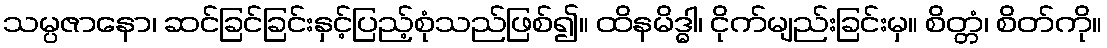
သမ္ပဇာနော၊ ဆင်ခြင်ခြင်းနှင့်ပြည့်စုံသည်ဖြစ်၍။ ထိနမိဒ္ဓါ၊ ငိုက်မျည်းခြင်းမှ။ စိတ္တံ၊ စိတ်ကို။